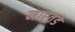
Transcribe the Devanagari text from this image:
मारतंडे